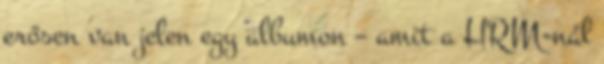
erősen van jelen egy albumon – amit a HRM-nál